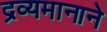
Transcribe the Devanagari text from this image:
द्रव्यमानाने